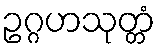
ဥဂ္ဂဟသုတ္တံ